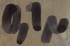
Text: 0,1µ